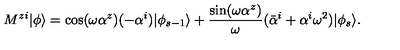
M ^ { z i } | \phi \rangle = \cos ( \omega \alpha ^ { z } ) ( - \alpha ^ { i } ) | \phi _ { s - 1 } \rangle + \frac { \sin ( \omega \alpha ^ { z } ) } { \omega } ( \bar { \alpha } ^ { i } + \alpha ^ { i } \omega ^ { 2 } ) | \phi _ { s } \rangle .